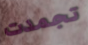
تجمدت